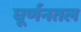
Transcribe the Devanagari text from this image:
घूर्णनतल